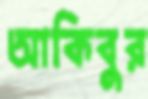
আকিবুর